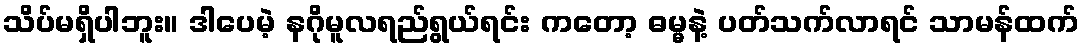
သိပ်မရှိပါဘူး။ ဒါပေမဲ့ နဂိုမူလရည်ရွယ်ရင်း ကတော့ ဓမ္မနဲ့ ပတ်သက်လာရင် သာမန်ထက်